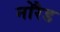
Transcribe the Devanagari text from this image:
नोरैड